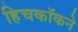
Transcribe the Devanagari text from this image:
हिचकॉकने